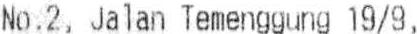
NO.2, JALAN TEMENGGUNG 19/9,